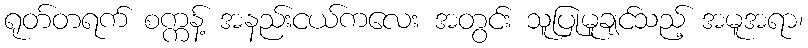
ရုတ်တရက် စက္ကန့် အနည်းငယ်ကလေး အတွင်း သူပြုမူချင်သည့် အမူအရာ၊